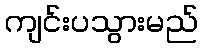
ကျင်းပသွားမည်